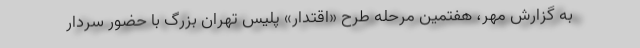
به گزارش مهر، هفتمین مرحله طرح «اقتدار» پلیس تهران بزرگ با حضور سردار